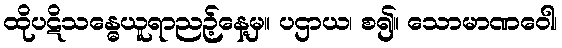
ထိုပဋိသန္ဓေယူရာညဉ့်နေ့မှ။ ပဌာယ၊ စ၍။ သောမာဏဝေါ၊